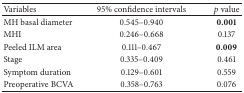
<table><thead><tr><td><b>Variables</b></td><td><b>95% confidence intervals</b></td><td><b><i>p</i> value</b></td></tr></thead><tbody><tr><td>MH basal diameter</td><td>0.545–0.940</td><td><b>0.001</b></td></tr><tr><td>MHI</td><td>0.246–0.668</td><td>0.137</td></tr><tr><td>Peeled ILM area</td><td>0.111–0.467</td><td><b>0.009</b></td></tr><tr><td>Stage</td><td>0.335–0.409</td><td>0.461</td></tr><tr><td>Symptom duration</td><td>0.129–0.601</td><td>0.559</td></tr><tr><td>Preoperative BCVA</td><td>0.358–0.763</td><td>0.076</td></tr></tbody></table>